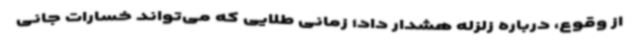
از وقوع، درباره زلزله هشدار داد؛ زمانی طلایی که می‌تواند خسارات جانی